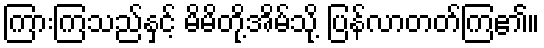
ကြားကြသည်နှင့် မိမိတို့အိမ်သို့ ပြန်လာတတ်ကြ၏။